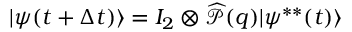
| \psi ( t + \Delta t ) \rangle = I _ { 2 } \otimes \widehat { \mathcal { P } } ( q ) | \psi ^ { * * } ( t ) \rangle